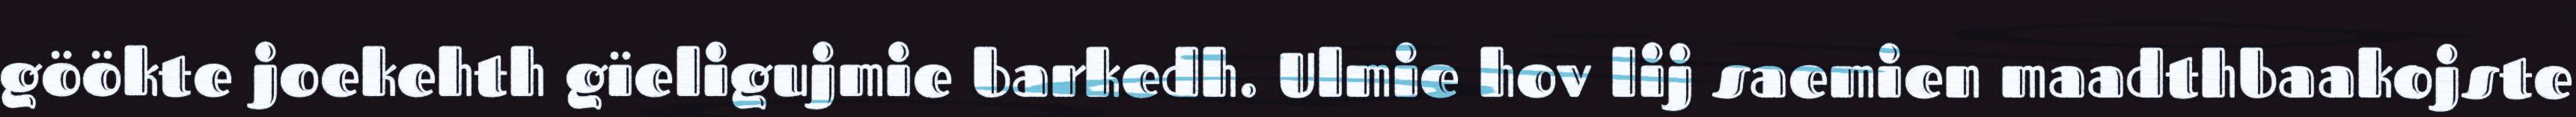
göökte joekehth gïeligujmie barkedh. Ulmie hov lij saemien maadthbaakojste